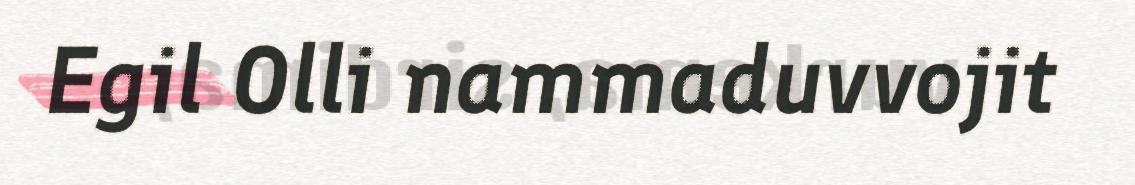
Egil Olli nammaduvvojit